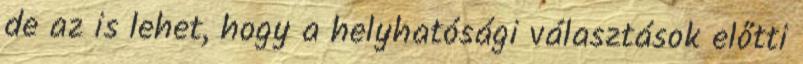
de az is lehet, hogy a helyhatósági választások előtti